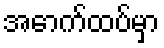
အောက်ထပ်မှာ